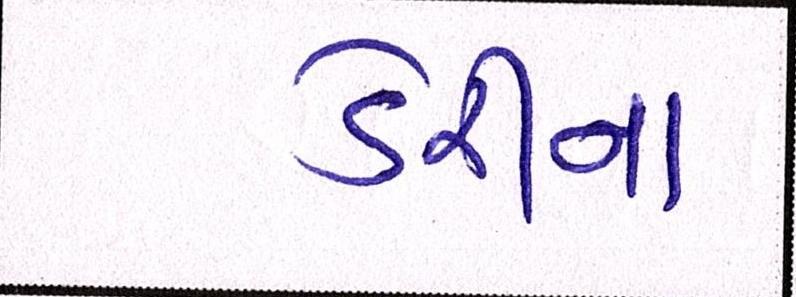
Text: ડેરીનાં